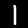
Label: 1